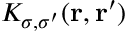
K _ { \sigma , \sigma ^ { \prime } } ( { \bf r } , { \bf r ^ { \prime } } )